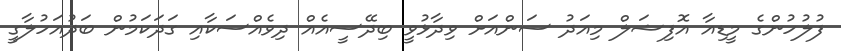
ފުލުހުންގެ މީޑިއާ އޮފިޝަލް މިއަދު ސަންއަށް ވިދާޅުވީ ބިދޭސީއެއް ދިވެއްސަކާއި ގަދަކަމުން ބަދުއަހުލާގީ